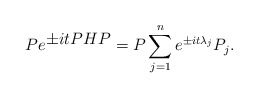
\begin{align*}P e^{\textstyle \pm itPHP} = P \sum_{j=1}^{n} e^{\pm it {\lambda}_{j} }P_{j}.\end{align*}